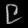
Digit: ၉